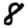
Digit: 8